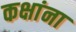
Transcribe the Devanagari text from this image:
कक्षांना